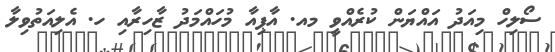
ސޯލިހް މިއަދު އައްޔަން ކުރެއްވީ މއ. އާޕިއާ މުހައްމަދު ޒާހިރާއި ހ. އެލިއަތުވިލާ